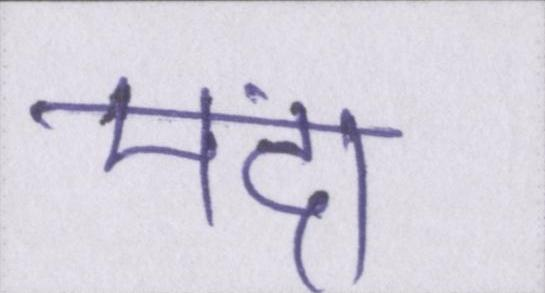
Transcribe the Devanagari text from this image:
मंदा